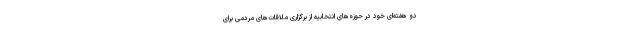
دو هفته‌ای خود در حوزه‌های انتخابیه از برگزاری ملاقات‌های مردمی برای